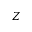
Z